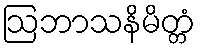
ဩဘာသနိမိတ္တံ